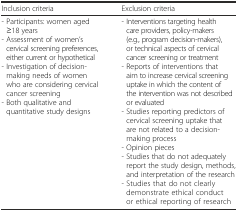
<table><thead><tr><td><b>Inclusion criteria</b></td><td><b>Exclusion criteria</b></td></tr></thead><tbody><tr><td>- Participants: women aged ≥18 years- Assessment of women’s cervical screening preferences, either current or hypothetical- Investigation of decision-making needs of women who are considering cervical cancer screening- Both qualitative and quantitative study designs</td><td>- Interventions targeting health care providers, policy-makers (e.g., program decision-makers), or technical aspects of cervical cancer screening or treatment- Reports of interventions that aim to increase cervical screening uptake in which the content of the intervention was not described or evaluated- Studies reporting predictors of cervical screening uptake that are not related to a decision-making process- Opinion pieces- Studies that do not adequately report the study design, methods, and interpretation of the research- Studies that do not clearly demonstrate ethical conduct or ethical reporting of research</td></tr></tbody></table>